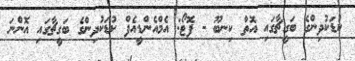
ކުޑަކުދިންގެ ބަގީޗާގައި އޮތް ކިނބޫ - ފޮޓޯ: އެމްއެންޑީއެފް ކުޑަކުދިންގެ ބަގީޗާގައި އޮންނަ